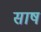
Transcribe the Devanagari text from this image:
साष